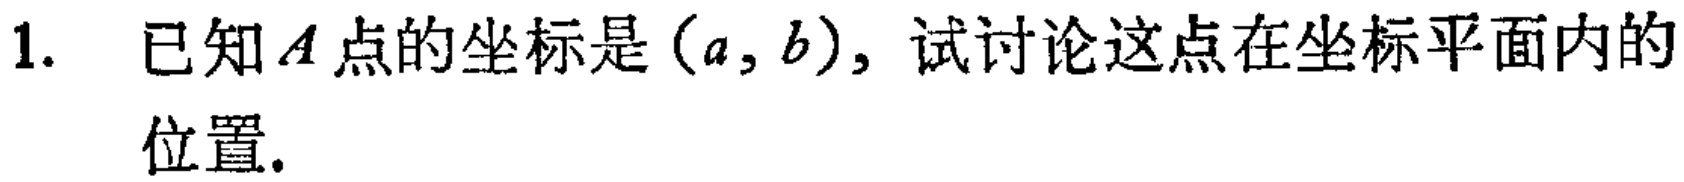
1. 已知\(A\)点的坐标是\((a,b)\)，试讨论这点在坐标平面内的位置.